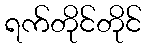
ရက်တိုင်တိုင်